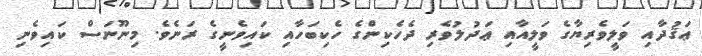
ޢަޤުދާއި ވަލީވެރިޔާގެ ވަލީއާއި ޢަދުލުވެރި ދެހެކިންގެ ހެކިބަހާއި ކައިވެނީގެ ރަނެވެ. މިނޫނަސް ކައިވެނި